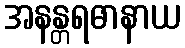
အနန္တရဓာနာယ